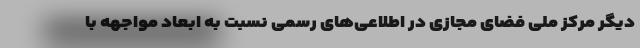
دیگر مرکز ملی فضای مجازی در اطلاعی‌های رسمی نسبت به ابعاد مواجهه با